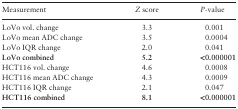
| Measurement | Z score | P-value |
 | --- | --- | --- |
 | LoVo vol. change | 3.3 | 0.001 |
 | LoVo mean ADC change | 3.5 | 0.0004 |
 | LoVo IQR change | 2.0 | 0.041 |
 | LoVo combined | 5.2 | <0.000001 |
 | HCT116 vol. change | 4.6 | 0.0008 |
 | HCT116 mean ADC change | 4.3 | 0.0009 |
 | HCT116 IQR change | 2.1 | 0.047 |
 | HCT116 combined | 8.1 | <0.000001 |